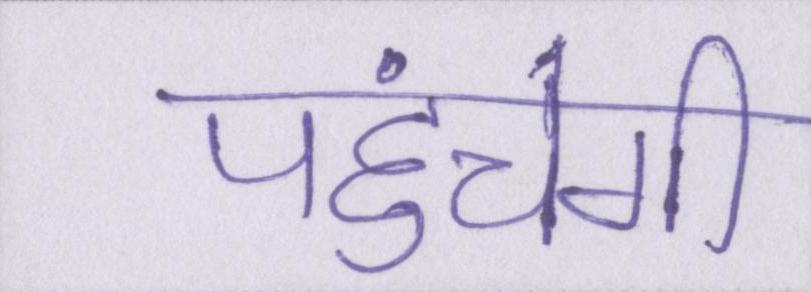
पहुंचेगी